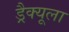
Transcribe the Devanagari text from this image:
ड्रैक्यूला